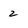
Character: 2